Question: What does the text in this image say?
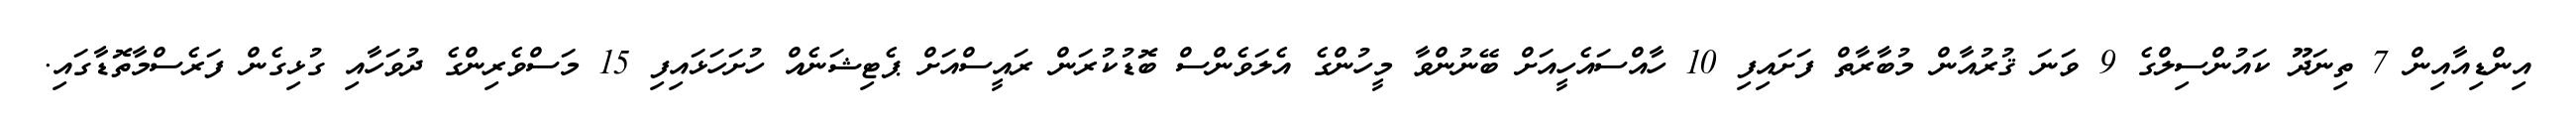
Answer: އިންޑިއާއިން 7 ތިނަދޫ ކައުންސިލްގެ 9 ވަނަ ޤުރުއާން މުބާރާތް ފަށައިފި 10 ހާއްސައެހީއަށް ބޭނުންވާ މީހުންގެ އެލަވެންސް ބޮޑުކުރަން ރައީސްއަށް ޕެޓިޝަނެއް ހުށަހަޅައިފި 15 މަސްވެރިންގެ ދުވަހާއި ގުޅިގެން ފަރެސްމާތޮޑާގައި.